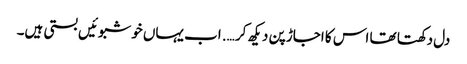
دل دکھتا تھا اس کا اجاڑ پن دیکھ کر …. اب یہاں خوشبوئیں بستی ہیں۔